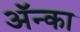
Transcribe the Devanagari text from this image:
अॅन्का